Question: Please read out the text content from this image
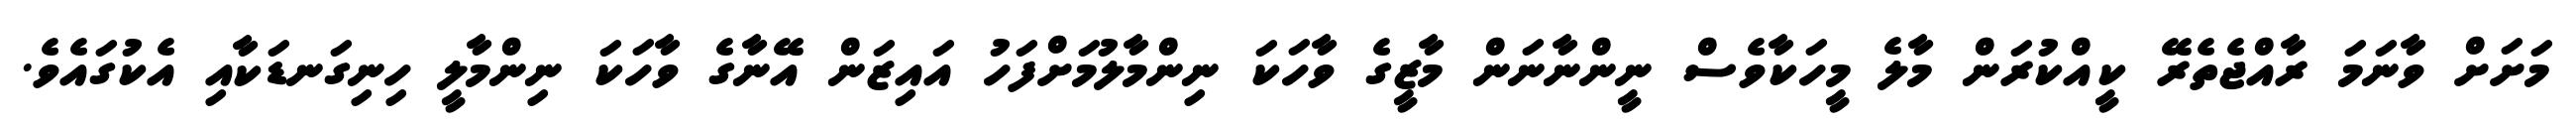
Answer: މަށަށް ވާނަމަ ރާއްޖެތެރޭ ކީއްކުރަން މާލެ މީހަކާވެސް ނީންނާނަން މާޒީގެ ވާހަކަ ނިންމާލުމަށްފަހު އައިޒަން އޭނާގެ ވާހަކަ ނިންމާލީ ހިނިގަނޑަކާއި އެކުގައެވެ.